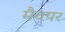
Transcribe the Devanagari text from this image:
मैचपर